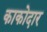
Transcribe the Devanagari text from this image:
काकोदार